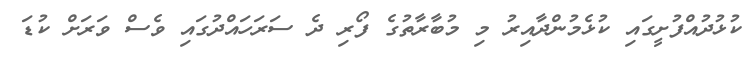
ކުޅުދުއްފުށީގައި ކުޅެމުންދާއިރު މި މުބާރާތުގެ ފޯރި ދެ ސަރަހައްދުގައި ވެސް ވަރަށް ކުޑަ